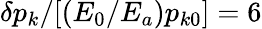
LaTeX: \delta p_{k}/[(E_{0}/E_{a})p_{k0}]=6